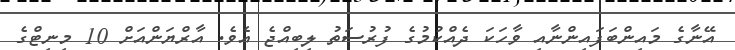
އޭނާގެ މައިންބަފައިންނާއި ވާހަކަ ދެއްކުމުގެ ފުރުސަތު ލިބިއްޖެ އެވެ. އާރްޔަންއަށް 10 މިނިޓްގެ